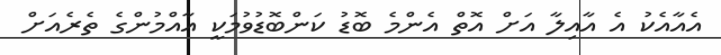
އެއާއެކު އެ އާއިލާ އަށް އޮތް އެންމެ ބޮޑު ކަންބޮޑުވުމަކީ އާއްމުންގެ ތެރެއަށް